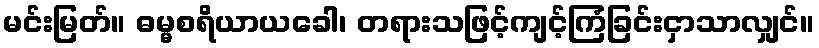
မင်းမြတ်။ ဓမ္မစရိယာယခေါ၊ တရားသဖြင့်ကျင့်ကြံခြင်းငှာသာလျှင်။